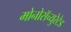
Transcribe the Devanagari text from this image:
मोनोसॅच्युरेटेड